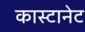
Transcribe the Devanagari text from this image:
कास्टानेट